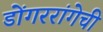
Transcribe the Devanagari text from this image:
डोंगररांगेची